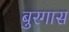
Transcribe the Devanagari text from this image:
बुरगास